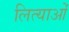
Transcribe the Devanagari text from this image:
लित्याओं